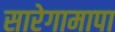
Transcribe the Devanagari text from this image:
सारेगामापा